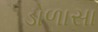
ડોળાસા